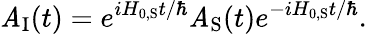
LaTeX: \mathit{A}_{\mathrm{{I}}}(t)=e^{iH_{0,{\mathrm{{S}}}}t/\hbar}\mathit{A}_{\mathrm{{S}}}(t)e^{-iH_{0,{\mathrm{{S}}}}t/\hbar}.